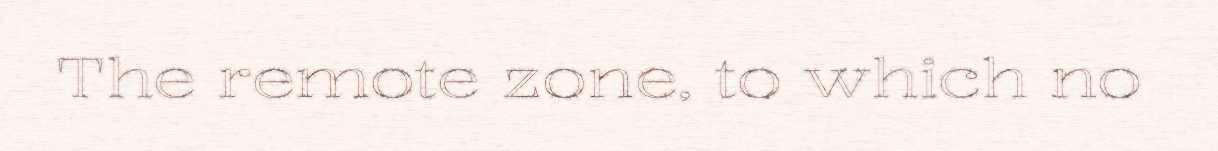
The remote zone, to which no